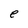
Character: e